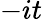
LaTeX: -it